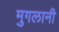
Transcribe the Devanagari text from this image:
मुगलानी